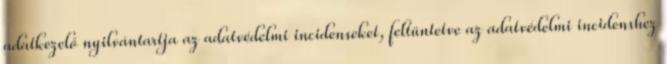
adatkezelő nyilvántartja az adatvédelmi incidenseket, feltüntetve az adatvédelmi incidenshez